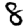
Digit: 8